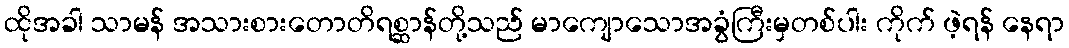
ထိုအခါ သာမန် အသားစားတောတိရစ္ဆာန်တို့သည် မာကျောသောအခွံကြီးမှတစ်ပါး ကိုက် ဖဲ့ရန် နေရာ